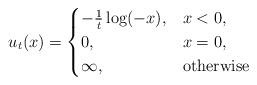
LaTeX: \begin{align*}u_{t}(x)= \begin{cases} -\frac{1}{t}\log(-x), & x < 0,\\ 0, &x =0,\\\infty, & { \rm otherwise }\end{cases}\end{align*}